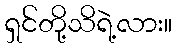
ရှင်တို့သိရဲ့လား။